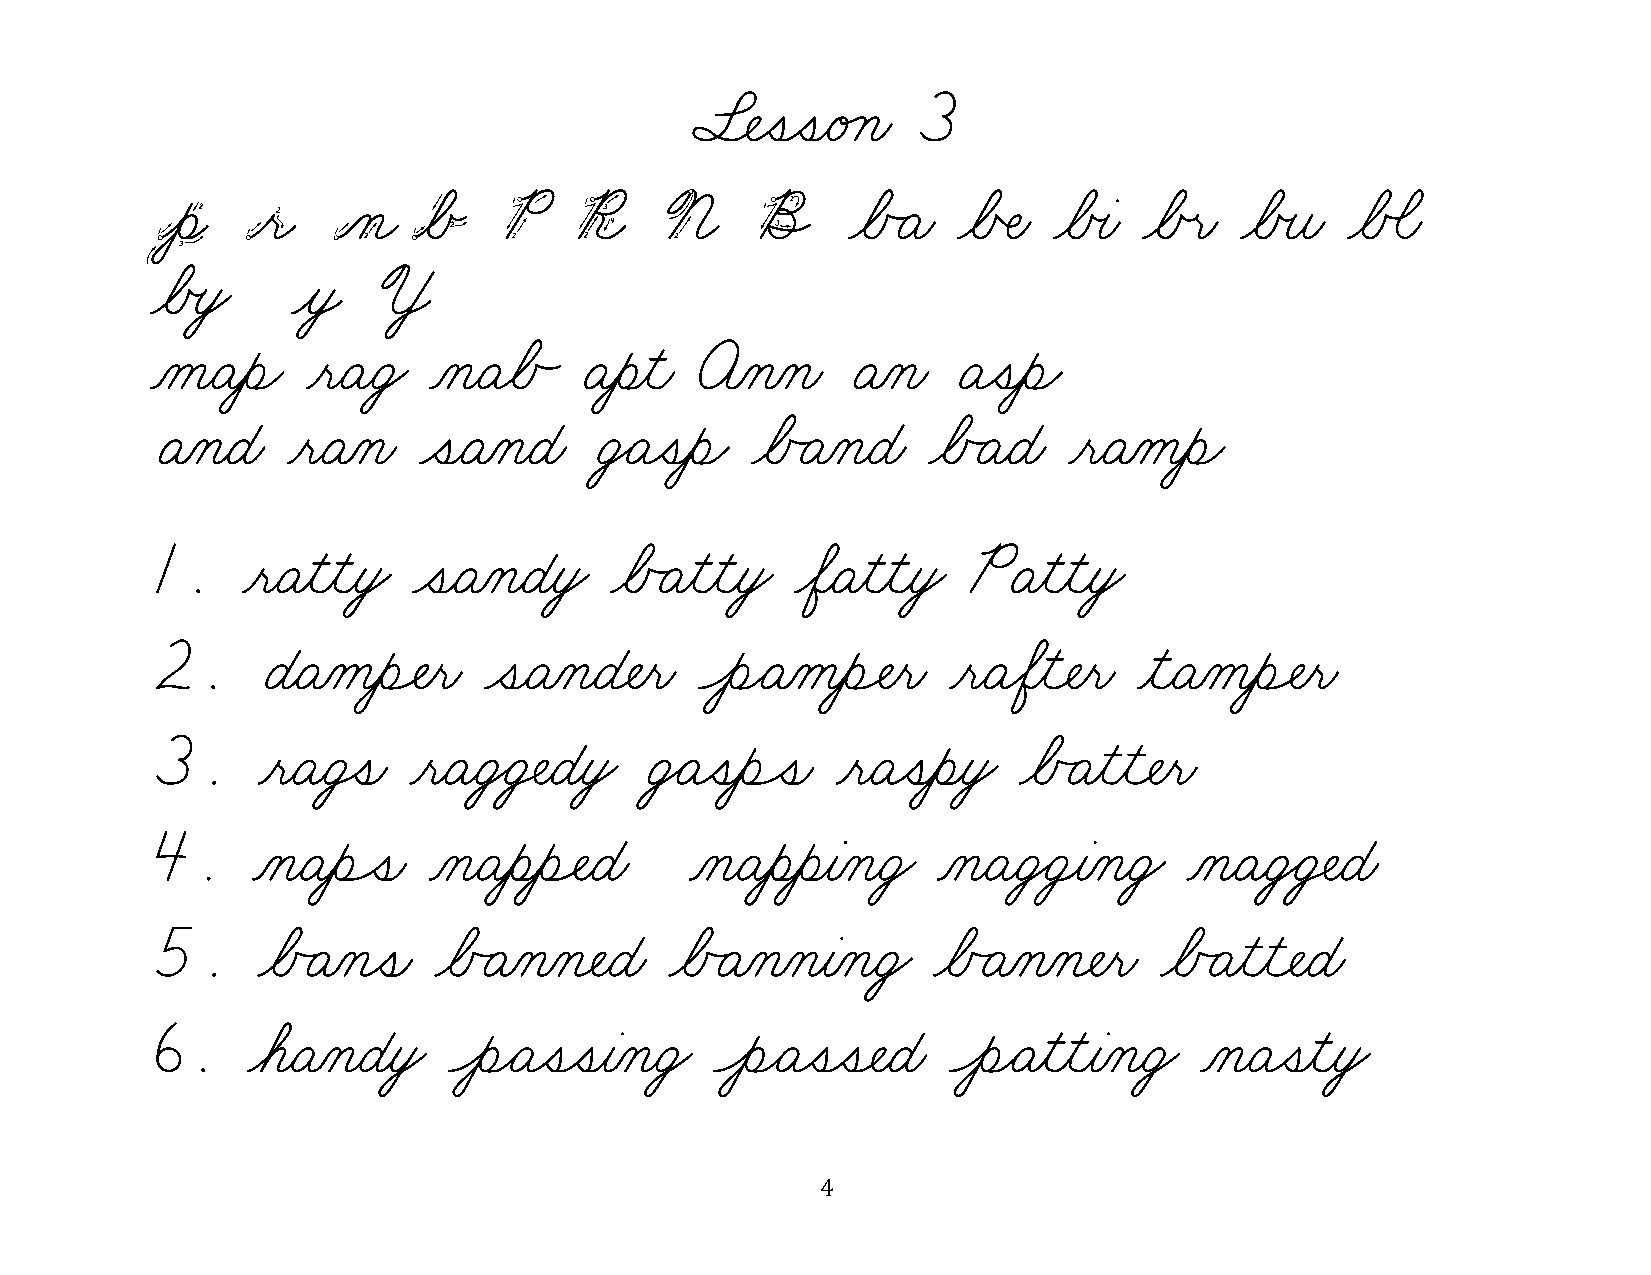
§¬ÑˆíˆíæéÁçæ   3
 p     r     n    b     P    R     N     B     øÅÃÄæ  øÅŒÑæ  øÅœàæ øÅœëæ øÅœîæ  øÅÕãæ
 øÅœòŸ    y     Y
 ÀåæÄƒèÌ   ƒëæÄæÜŸ ÀçæÄøÅÃ   Äƒèƒìæ  öÀçÀçæ    ÄÀçæ   ÄˆíƒèÌ
 ÄÀçæÉæ   ƒëæÄÀçæ  ˆíæÄÀçæÉæ  ÜŸÄˆíƒèÌ   øÅÃÄÀçæÉæ  øÅÃÄæÉæ   ƒëæÄÀåƒèÌ
 1.    ƒëæÄƒìƒìƒòŸ ˆíæÄÀçæÉƒòŸ øÅÃÄƒìƒìƒòŸ  øÖæÄƒìƒìƒòŸ PÄƒìƒìƒòŸ
 2.     ÉæÄÀåƒèÓÑƒëæ   ˆíæÄÀçæÉ¬Ñƒëæ ÔèÌÄÀåƒèÓÑƒëæ    ƒëæÄøÖƒì¬Ñƒëæ ƒìæÄÀåƒèÓÑƒëæ
 3.     ƒëæÄæÜÚíæ ƒëæÄæÜŸÜ‡ÑæÉƒòŸ ÜŸÄˆíƒèÔíæ  ƒëæÄˆíƒèƒòŸ øÅÃÄƒìƒì¬Ñƒëæ
 4.     ÀçæÄƒèÔíæ  ÀçæÄƒèƒèÓÑæÉæ     ÀçæÄƒèƒèƒàÀçæÜŸ ÀçæÄæÜŸÜ¸àÀçæÜŸ  ÀçæÄæÜŸÜ‡ÑæÉæ
 5.     øÅÃÄÀçˆíæ   øÅÃÄÀçÀç¬ÑæÉæ  øÅÃÄÀçÀçƒàÀçæÜŸ   øÅÃÄÀçÀç¬Ñƒëæ  øÅÃÄƒìƒì¬ÑæÉæ
 6.    øáæÄÀçæÉƒòŸ   ÔèÌÄˆíˆíƒàÀçæÜŸ  ÔèÌÄˆíˆí¬ÑæÉæ   ÔèÌÄƒìƒìƒàÀçæÜŸ ÀçæÄˆíƒìƒòŸ
 4